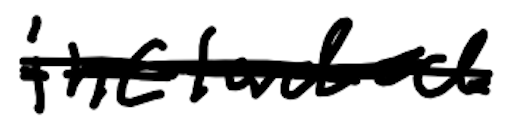
Text: included
Cross-out: scratch
Writing tool: digital_black